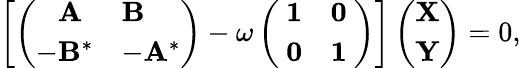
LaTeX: \begin{array}{r}{\left[\left(\begin{array}{ll}{\phantom{-}\mathbf{A}}&{\mathbf{B}}\\ {-\mathbf{B}^{*}}&{-\mathbf{A}^{*}}\end{array}\right)-\omega\left(\begin{array}{ll}{~\mathbf{1}}&{\mathbf{0}~}\\ {~\mathbf{0}}&{\mathbf{1}~}\end{array}\right)\right]\left(\begin{array}{l}{\mathbf{X}}\\ {\mathbf{Y}}\end{array}\right)=0,}\end{array}